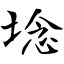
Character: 埝